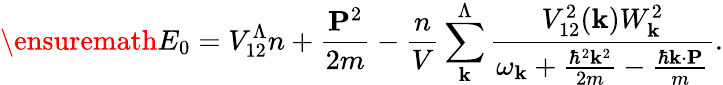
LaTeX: \ensuremath{E_{0}=V_{\mathrm{12}}^{\Lambda}n+\frac{\mathbf{P}^{2}}{2m}-\frac{n}{V}\sum_{\mathbf{k}}^{\Lambda}\frac{V_{12}^{2}(\mathbf{k})W_{\mathbf{k}}^{2}}{\omega_{\mathbf{k}}+\frac{\hbar^{2}\mathbf{k}^{2}}{2m}-\frac{\hbar\mathbf{k}\cdot\mathbf{P}}{m}}}.